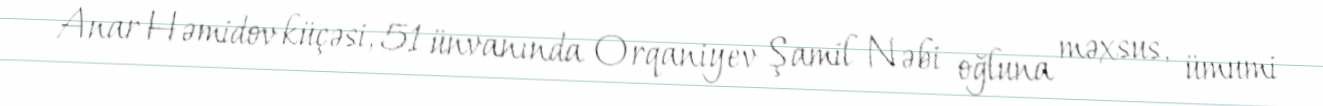
Anar Həmidov küçəsi, 51 ünvanında Orqaniyev Şamil Nəbi oğluna məxsus, ümumi